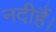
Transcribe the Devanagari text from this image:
नदीहैं।